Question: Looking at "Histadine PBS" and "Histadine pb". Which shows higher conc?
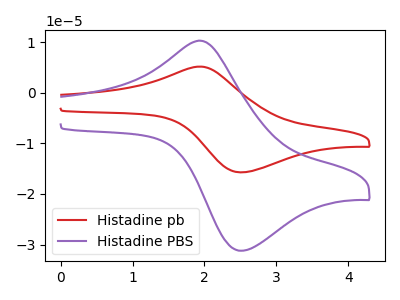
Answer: <think>The red curve "Histadine pb" has an anodic peak at (1.90V, 5.20uA) and a cathodic peak at (2.55V, -15.70uA). The purple curve "Histadine PBS" has an anodic peak at (1.90V, 10.30uA) and a cathodic peak at (2.55V, -31.20uA).
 All the peaks in "Histadine PBS" have a peak in "Histadine pb" at the same potential. Every peak in "Histadine PBS" is higher than every peak in "Histadine pb".</think>
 <answer>"Histadine PBS" has more signal than "Histadine pb" and so likely has a higher concentration.</answer>
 <eval>more_concentration</eval>